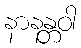
နာနန္တဝါ